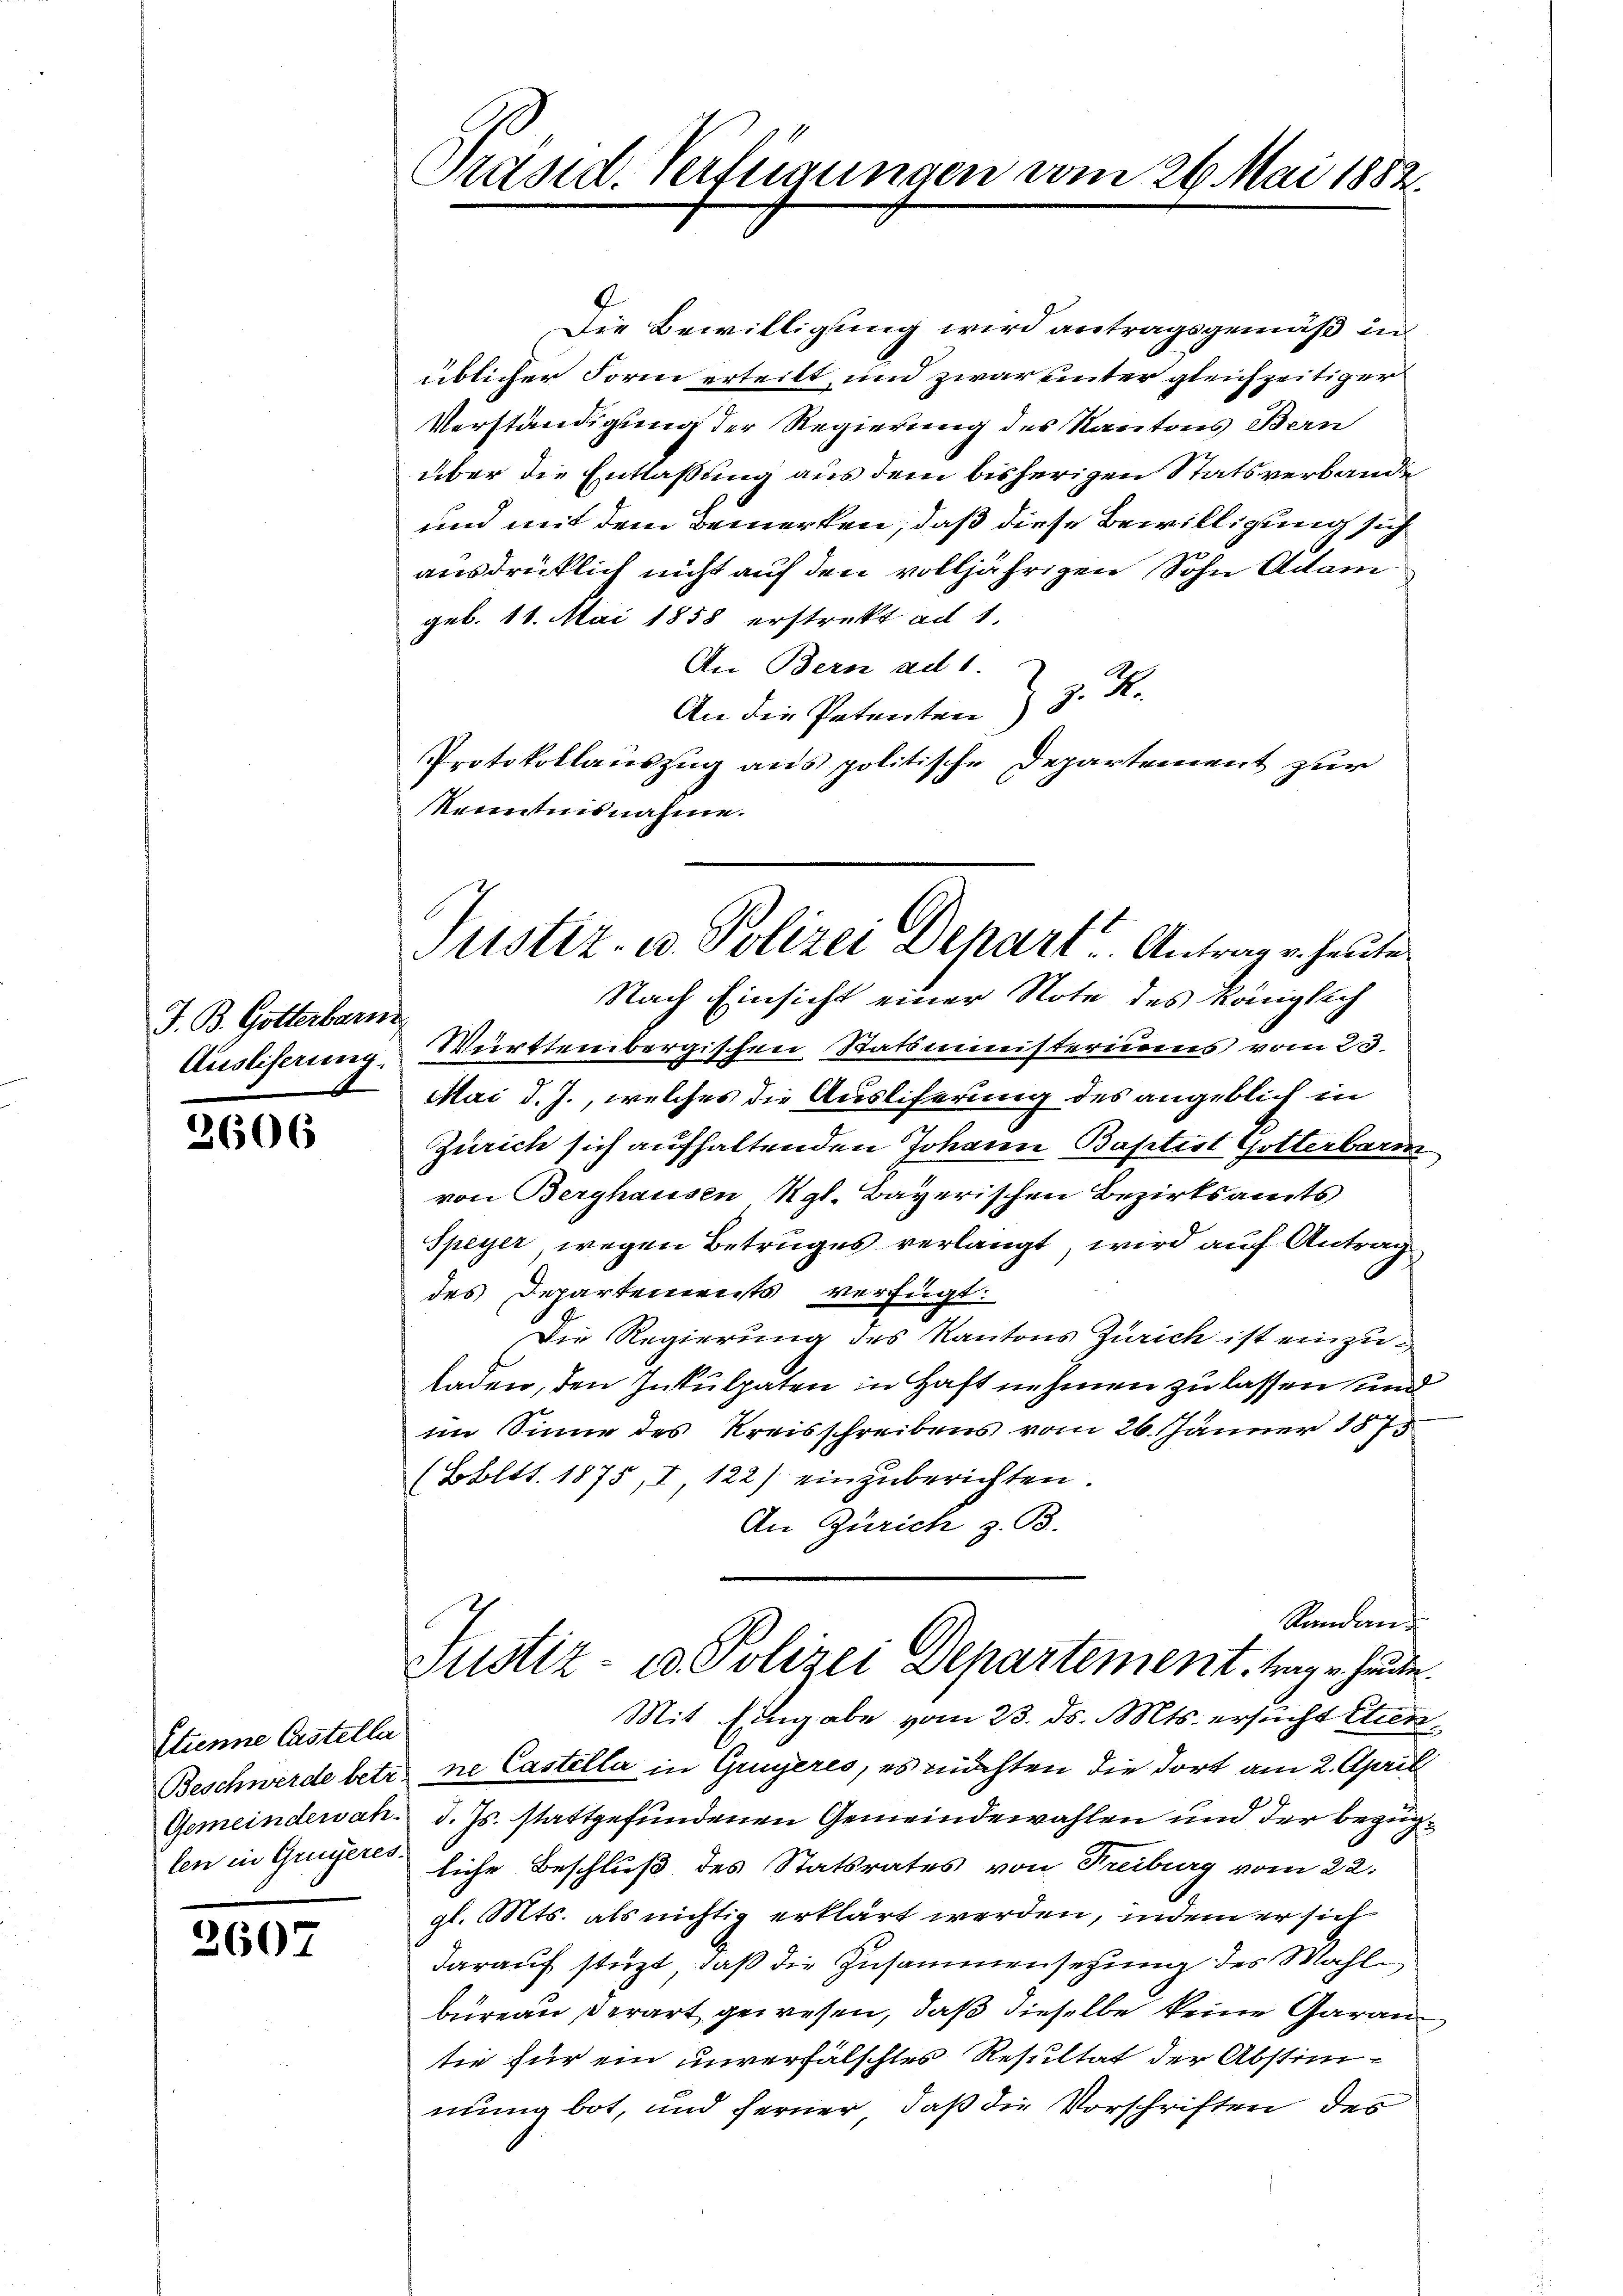
J. B. Gotterbarm
Ausliferung.

3606

Summe Anstelle
Gemeindewah
len in Gruyeres.

2607

Präsid. Verfügungen vom 26. Mai 1882.

Die Bewilligung wird antragsgemäß in
üblicher Form erteilt, und zwar unter gleichzeitiger
Verständigung der Regierung des Kantons Bern
über die Entlaßung aus dem bisherigen Statsverbande
und mit dem Bemerken, daß diese Bewilligung sich
ausdrücklich nicht auf den volljährigen Sohn Adam
geb. 18. Mai 1858 erstrekt ad 1.
An Bern ad 1.
An die Patenten & J. K.
Protokollauszug aus politische Departement zur
Kenntnisnahme.

Justiz- u. Polizei Depart u. Antrage heute

Nach Einsicht einer Note des Königlich
Württembergischen Statsministeriums vom 23.
Mai d. J., welches die Ausliferung des angeblich in
Zürich sich aufhaltenden Johann Baptist Gotterbarm
von Berghausen, Vgl. Bayerischen Bezirksamts
Speyer, wegen Betruges verlangt, wird auf Antrag
des Departements verfügt:
Die Regierung des Kantons Zürich ist einzuladen, den Inkulpaten in Haft nehmen zu lassen und
im Sinne des Kreisschreibens vom 26. Jänner 1875
(Sbltt. 1875, I 122) einzuberichten.
An Zürich z. B.
Randan
Justiz- u. Polizei Departement, trage heute.
Mit Eingabe vom 23. ds. Mts. ersucht Etien¬
Beschwerde betr. ne Castella in Gruyères, es möchten die dort am 2. April
d. Js. stattgefundenen Gemeindewahlen und der bezügliche Beschluß des Statsrates von Freiburg vom 22.
gl. Mts. als nichtig erklärt werden, indem er sich
darauf stüzt, daß die Zusammensetzung des Mahl
bureau, derart gewesen, daß dieselbe keine Garan
tie für ein unverfalschtes Resultat der Abstimmung bot, und ferner, daß die Vorschriften des